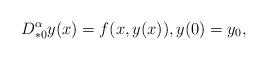
LaTeX: \begin{align*}D_{*0}^\alpha y(x) = f(x, y(x)), y(0) = y_0, \end{align*}